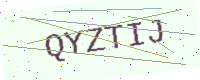
Text: QYZTIJ